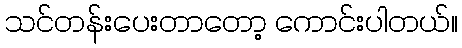
သင်တန်းပေးတာတော့ ကောင်းပါတယ်။